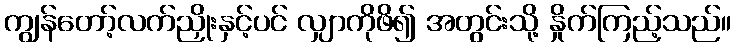
ကျွန်တော့်လက်ညှိုးနှင့်ပင် လျှာကိုဖိ၍ အတွင်းသို့ နှိုက်ကြည့်သည်။